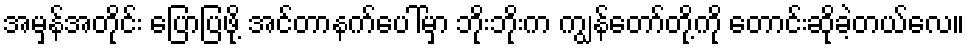
အမှန်အတိုင်း ပြောပြဖို့ အင်တာနက်ပေါ်မှာ ဘိုးဘိုးက ကျွန်တော်တို့ကို တောင်းဆိုခဲ့တယ်လေ။